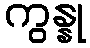
ကွန္နု